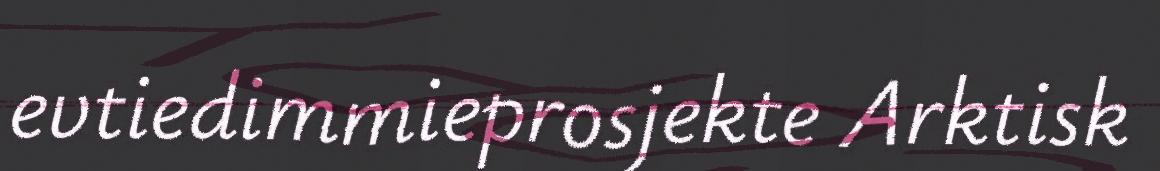
evtiedimmieprosjekte Arktisk